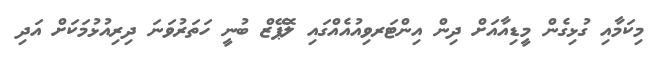
މިކަމާއި ގުޅިގެން މީޑިއާއަށް ދިން އިންޓަރވިއުއެއްގައި ލޮޕޭޒް ބުނީ ހަތަރުވަނަ ދިރިއުޅުމަކަށް އަދި